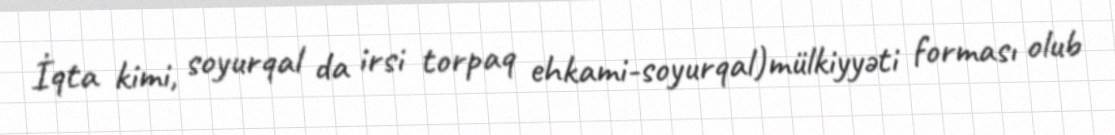
İqta kimi, soyurqal da irsi torpaq ehkami-soyurqal)mülkiyyəti forması olub